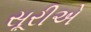
સૂરીએ